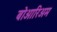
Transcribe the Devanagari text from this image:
बोआरिअम